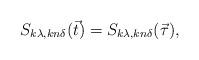
LaTeX: \begin{align*}S_{k\lambda,kn\delta}(\vec{t})=S_{k\lambda,kn\delta}(\vec{\tau}),\end{align*}